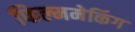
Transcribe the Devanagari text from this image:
फिल्ममेकिंग